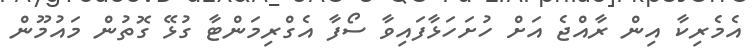
އެމެރިކާ އިން ރާއްޖެ އަށް ހުށަހަޅާފައިވާ ސޯފާ އެގްރިމަންޓާ ގުޅޭ ގޮތުން މައުމޫން